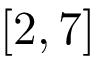
[ 2 , 7 ]